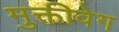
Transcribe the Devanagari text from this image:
मुक्तीवेग